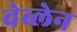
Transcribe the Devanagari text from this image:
वेब्लेन